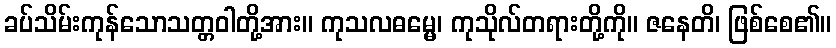
ခပ်သိမ်းကုန်သောသတ္တဝါတို့အား။ ကုသလဓမ္မေ၊ ကုသိုလ်တရားတို့ကို။ ဇနေတိ၊ ဖြစ်စေ၏။